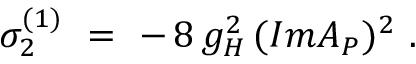
\sigma _ { 2 } ^ { ( 1 ) } \, \, = \, \, - \, 8 \, g _ { H } ^ { 2 } \, ( I m A _ { P } ) ^ { 2 } \, \, .